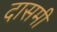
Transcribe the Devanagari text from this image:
दासमी